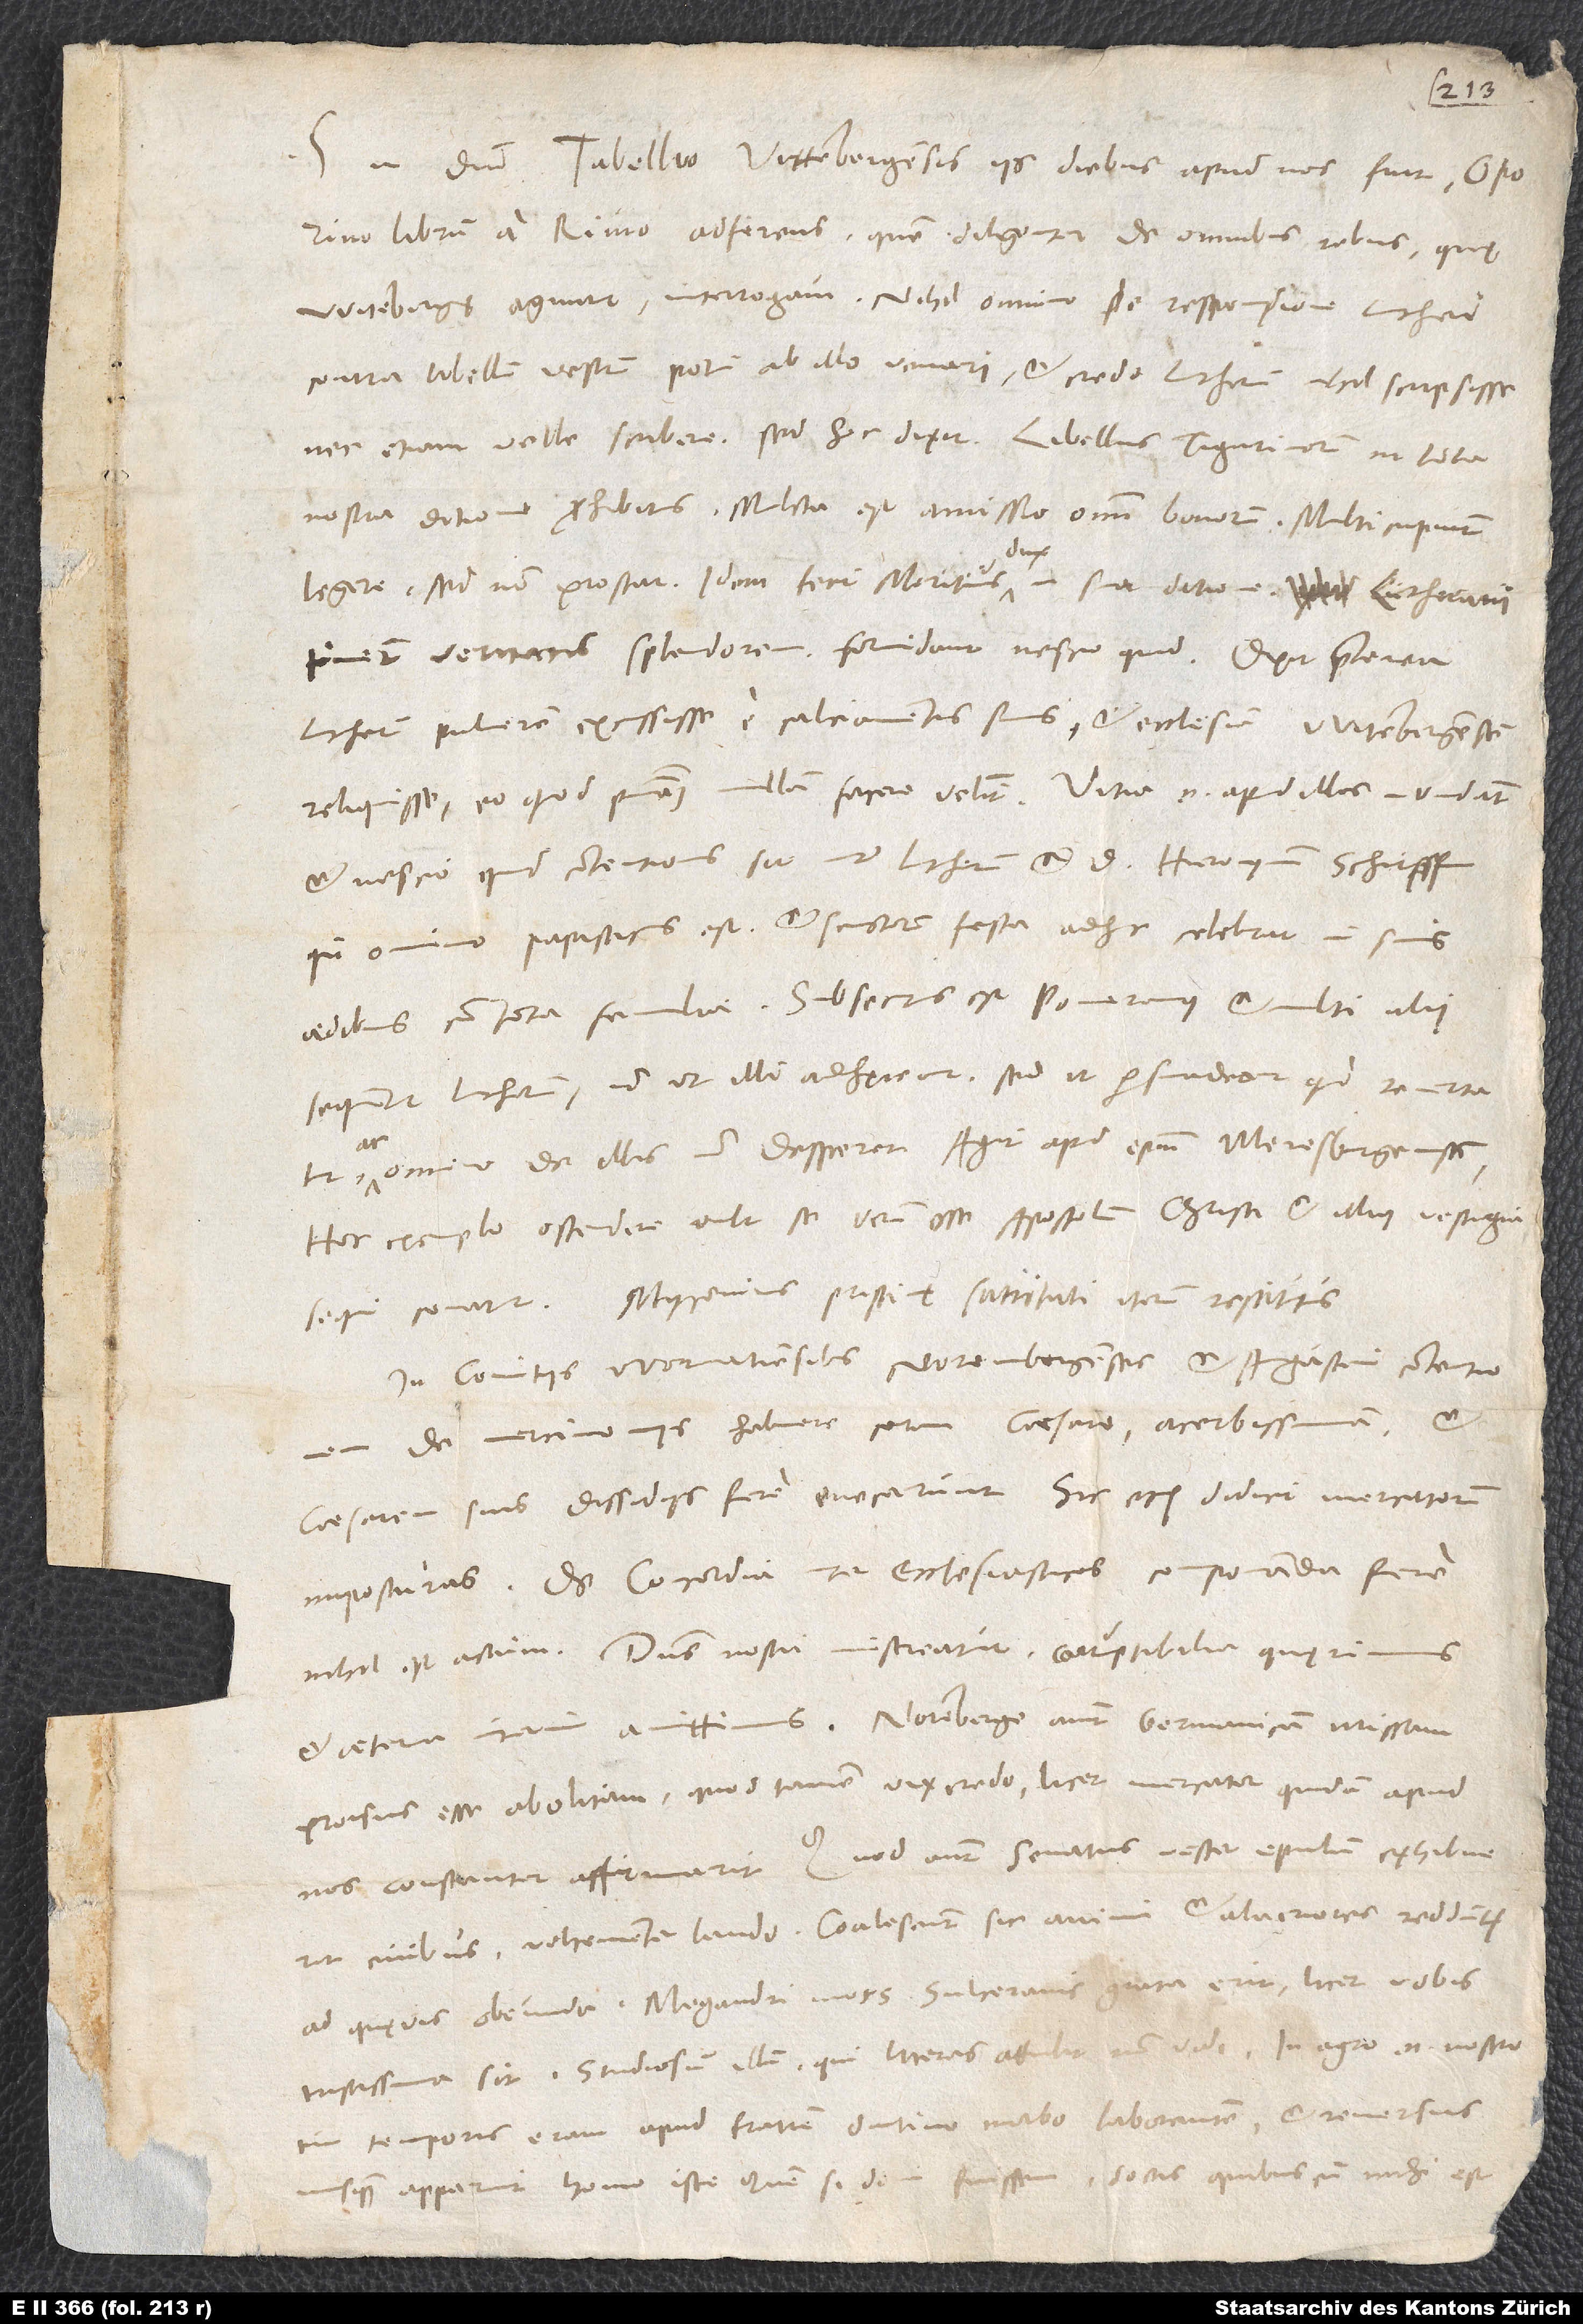
in domino. Tabellio Vittenbergensis iis diebus apud nos fuit, Oporino
librum a Rivio adferens, quem diligenter de omnibus rebus, quę
Witebergę aguntur, interrogavi. Nihil omnino de responsione Lutheri
contra libellum vestrum potui ab illo venari, et credo Lutherum nihil scripsisse
nec etiam velle scribere. Sed hoc dixit: Libellus Tigurinorum in tota
nostra ditione prohibitus. Mulcta est amissio omnium bonorum. Multi cupiunt
legere, sed non prostat. Idem fecit Moritius dux in sua ditione. Lutherani
timent veritatis splendorem. Formidant nescio quid. Dixit praeterea
Lutherum pulverem excussisse e calciamentis suis et ecclesiam Witenbergensem
reliquisse, eo quod poenitentiam nullam facere velint. Vitia enim apud illos inundant,
et nescio quid contentionis sit inter Lutherum et d. Hieronymum Schirpffium,
qui omnino papisticus est et sanctorum festa adhuc celebrat in suis
aedibus cum tota familia. Subsecutus est Pomeranus, et multi alii
sequuntur Lutherum, non ut illi adhęreant, sed ut persuadeant, quo revertatur
ac
omnino de illis non desperet. Agit apud episcopum Meresburgensem.
Hoc exemplo ostendere vult se verum esse apostolum Christi et illius vestigia
In comitiis Wormatiensibus Norembergenses et Augustani contentionem
de mercimoniis habuere coram caesare acerbissimam, et
caesarem suis dissidiis fere enecarunt; sic etiam didicit mercatorum
imposturas. De concordia inter ecclesiasticos componenda fere
nihil est actum. Dominus nostri misereatur! Corruptibilia quęrimus
et aeterna interim amittimus! Noremberge aiunt Germanicam missam
prorsus esse abolitam; quod tamen vix credo, licet mercator quidam apud
civibus, vehementer laudo; coalescunt sic animi et alacriores redduntur
ad quęvis obeunda. Megandri mors Sulceranis grata erit, licet vobis
Studiosum illum, qui literas attulit, non vidi. In agro enim nostro
tum temporis eram apud fratrem diutino morbo laborantem, et reversus
nusquam apparuit homo iste, quem, si domi fuissem, doctis, quibus cum mihi est